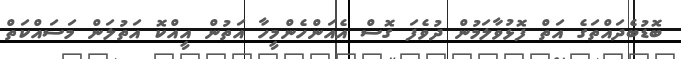
ބޮޑުބެދައްތަގެ އަތް ފޮޅުވާލަމުން ދުވެފަ ގޮސް އެއަންހެންމީހާ އަތުން އީއްކޮ އަތުލަން މަސައްކަތް